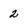
Character: 2